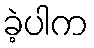
ခဲ့ပါက